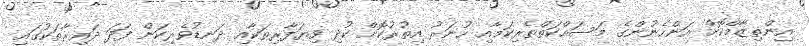
އިންތިޒާމްކޮށް އަންހެނުންގެ މަސައްކަތްތެރިކަމާއި ހުނަރު އިތުރުކޮށް ކުދި ވިޔަފާރިތަކާއި ދަނޑުވެރިކަން ފަދަ ދައިރާތަކުގައި